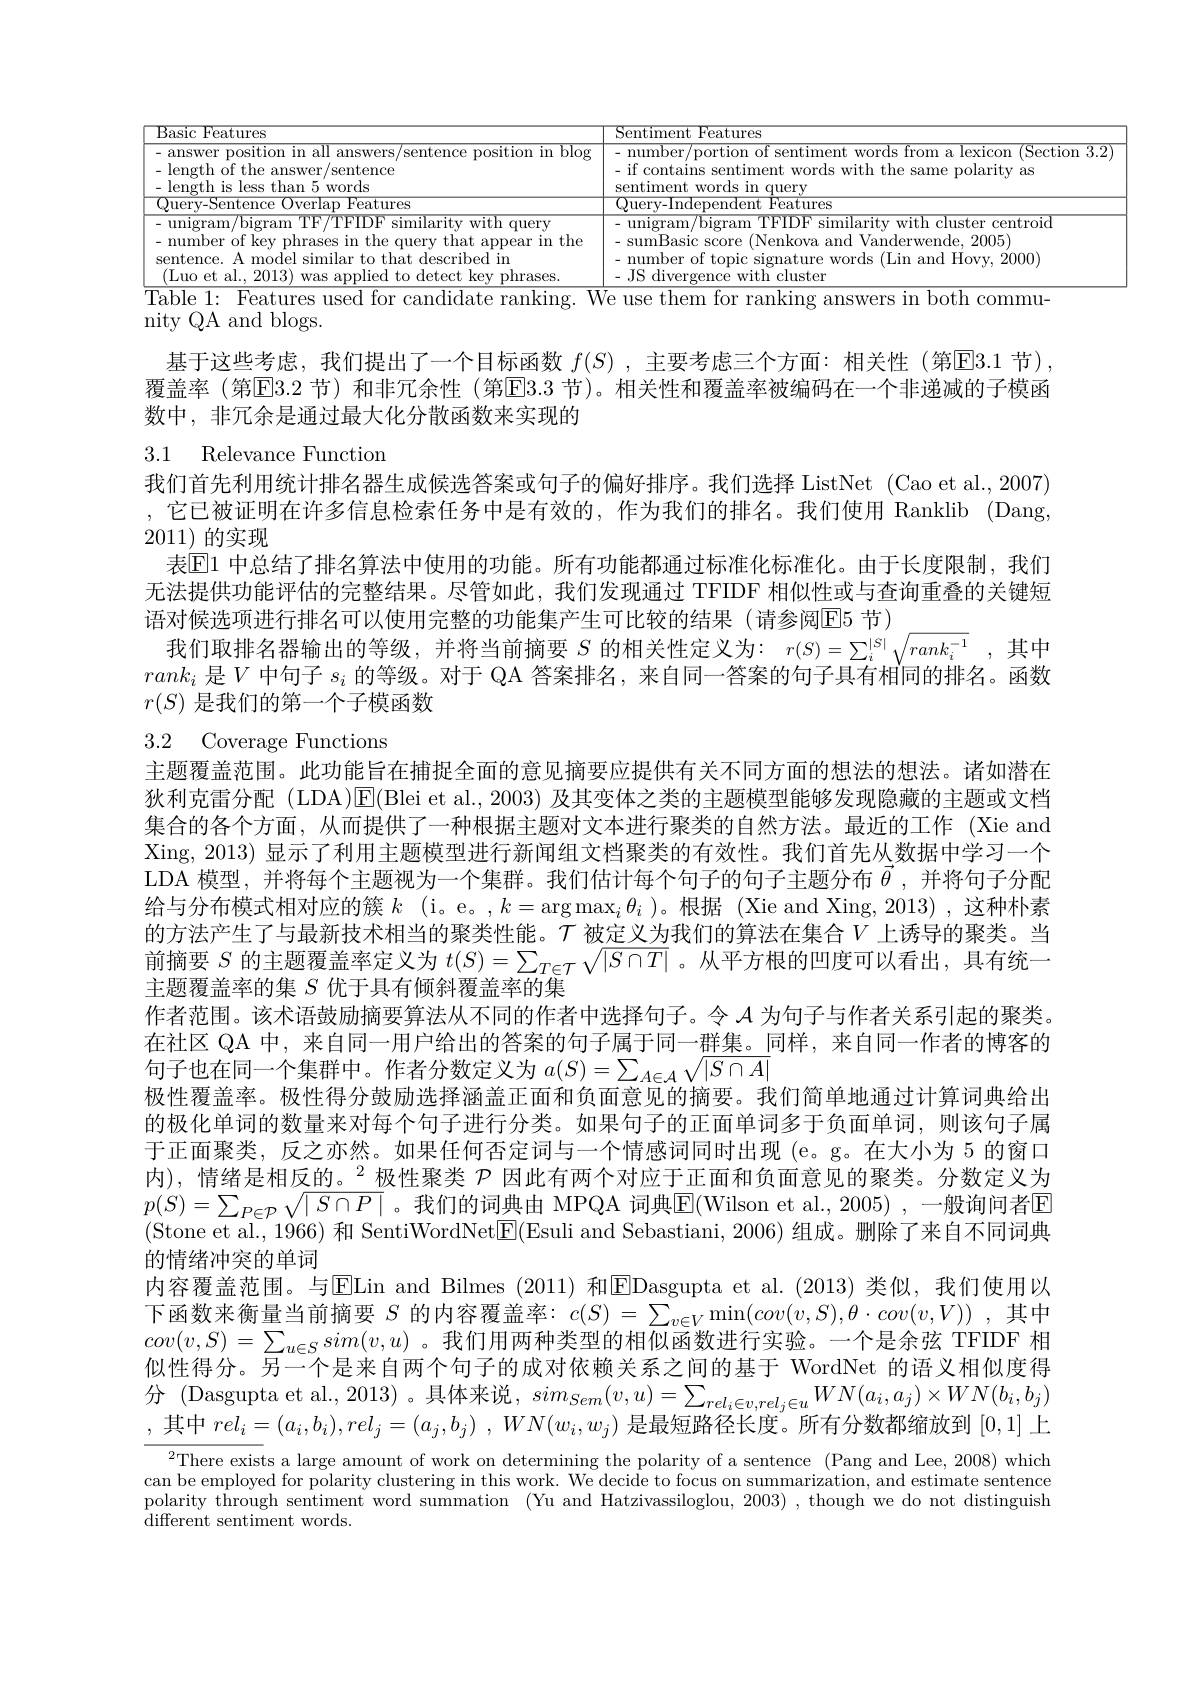
<table>
	<tbody>
		<tr>
			<th>${\mathrm{Basic~Features}}$</th>
			<th>$\mathop{\mathrm{Sentiment~Features}}$</th>
		</tr>
		<tr>
			<td>answer position in all answers/sentence position in blog - length of the answer/sentence $\frac{1}{2}$ $-{\mathrm{length~is~less~than~5~words}}$</td>
			<td>- number/portion of sentiment words from a lexicon (Section 3. - if contains sentiment words with the same polarity as sentiment words in query</td>
		</tr>
		<tr>
			<td>$)_{\mathrm{Wer|an}}$ Features 11PTV Phtence</td>
			<td>${\mathrm{Ouerv-Independent}}$ Features</td>
		</tr>
		<tr>
			<td>- unigram/bigram TF/TFlDF similarity with query - number of key phrases in the query that appear in the sentence. A model similar to that described in (Luo et al., 2013) was applied to detect key phrases.</td>
			<td>- unigram/bigram TFIDF similarity with cluster centroid - sumBasic score (Nenkova and Vanderwende, 2005) - number of topic signature words (Lin and Hovy, 2000) - JS divergence with cluster</td>
		</tr>
	</tbody>
</table>

nity QA and blogs.

基于这些考虑，我们提出了一个目标函数$f(S)$ ,主要考虑三个方面：相关性 (第☑3.1节), 覆盖率 (第$\overline{\mathrm{E}}3.2$ 节)和非冗余性 (第$\overline{\mathrm{E}}3.3$ 节)。相关性和覆盖率被编码在一个非递减的子模函数中，非冗余是通过最大化分散函数来实现的

# 3.1 Relevance Function

我们首先利用统计排名器生成候选答案或句子的偏好排序。我们选择 ListNet (Cao et al., 2007) ,它已被证明在许多信息检索任务中是有效的，作为我们的排名。我们使用 Ranklib (Dang, 2011)的实现
表$\overline{\mathrm{E}}1$ 中总结了排名算法中使用的功能。所有功能都通过标准化标准化。由于长度限制，我们无法提供功能评估的完整结果。尽管如此，我们发现通过 TFIDF 相似性或与查询重叠的关键短语对候选项进行排名可以使用完整的功能集产生可比较的结果(请参阅E5 节)
我们取排名器输出的等级，并将当前摘要$S$的相关性定义为$:r(S)=\sum_i^{|S|^{\prime}}\sqrt{rank_i^{-1}}$,其中$rank_i$是$V$中句子$s_i$的等级。对于 QA 答案排名，来自同一答案的句子具有相同的排名。函数$r(S)$是我们的第一个子模函数

# 3.2 Coverage Functions

主题覆盖范围。此功能旨在捕捉全面的意见摘要应提供有关不同方面的想法的想法。诸如潜在狄利克雷分配 (LDA)$\overline{\mathrm{E}}($Blei et al., 2003) 及其变体之类的主题模型能够发现隐藏的主题或文档集合的各个方面，从而提供了一种根据主题对文本进行聚类的自然方法。最近的工作 (Xie and Xing, 2013) 显示了利用主题模型进行新闻组文档聚类的有效性。我们首先从数据中学习一个LDA 模型，并将每个主题视为一个集群。我们估计每个句子的句子主题分布$\vec{\theta}$ ,并将句子分配给与分布模式相对应的簇$k$ (i。e。,$k=\arg\max_i\theta_i$ )。根据 (Xie and Xing, 2013),这种朴素的方法产生了与最新技术相当的聚类性能。$\tau$ 被定义为我们的算法在集合$V$ 上诱导的聚类。当前摘要$S$的主题覆盖率定义为$t(S)=\sum_{T\in T}\sqrt{|S\cap T|}$ 。从平方根的凹度可以看出，具有统一主题覆盖率的集$S$优于具有倾斜覆盖率的集
作者范围。该术语鼓励摘要算法从不同的作者中选择句子。令$\mathcal{A}$为句子与作者关系引起的聚类。在社区 QA 中，来自同一用户给出的答案的句子属于同一群集。同样，来自同一作者的博客的句子也在同一个集群中。作者分数定义为$a(S)=\sum_{A\in\mathcal{A}}\sqrt{|S\cap A|}$
极性覆盖率。极性得分鼓励选择涵盖正面和负面意见的摘要。我们简单地通过计算词典给出的极化单词的数量来对每个句子进行分类。如果句子的正面单词多于负面单词，则该句子属于正面聚类，反之亦然。如果任何否定词与一个情感词同时出现 (e。g。在大小为 5 的窗口内),情绪是相反的。$^2$极性聚类$\mathcal{P}$因此有两个对应于正面和负面意见的聚类。分数定义为$p(S)=\sum_{P\in\mathcal{P}}\sqrt{|S\cap P|}$。我们的词典由 MPQA 词典$\overline{\mathrm{E}}($Wilson et al., 2005) ,一般询问者$\mathbb{E}$ (Stone et al., 1966) 和 SentiWordNet|E(Esuli and Sebastiani, 2006) 组成。删除了来自不同词典的情绪冲突的单词
内容覆盖范围。与$\overline{\mathrm{E}}$Lin and Bilmes (2011) 和$\boxed{\mathrm{E}}$Dasgupta et al.(2013)类似，我们使用以下函数来衡量当前摘要$S$的内容覆盖率：$c(S)=\sum_{v\in V}\min(cov(v,S),\theta\cdot cov(v,V))$ ,其中$cov(v,S)=\sum_{u\in S}sim(v,u)$ 。我们用两种类型的相似函数进行实验。一个是余弦 TFIDF 相似性得分。另一个是来自两个句子的成对依赖关系之间的基于 WordNet 的语义相似度得分 ( Dasgupta et al. , 2013) 。具 体 来 说 , $sim_{Sem}( v, u) = \sum _{rel_{i}\in v, rel_{j}\in u}WN( a_{i}, a_{j}) \times WN( b_{i}, b_{j})$ , 其 中 $rel_{i}= ( a_{i}, b_{i}) , rel_{j}= ( a_{j}, b_{j})$ , $WN( w_{i}, w_{j})$ 是 最 短 路 径 长 度 。所 有 分 数 都 缩 放 到 [0,1] 上
$^{2}$There exists a large amount of work on determining the polarity of a sentence (Pang and Lee, 2008) which can be employed for polarity clustering in this work. We decide to focus on summarization, and estimate sentence polarity through sentiment word summation (Yu and Hatzivassiloglou, 2003) ,though we do not distinguish ${\tilde{\mathrm{different~sentiment~words.}}}$